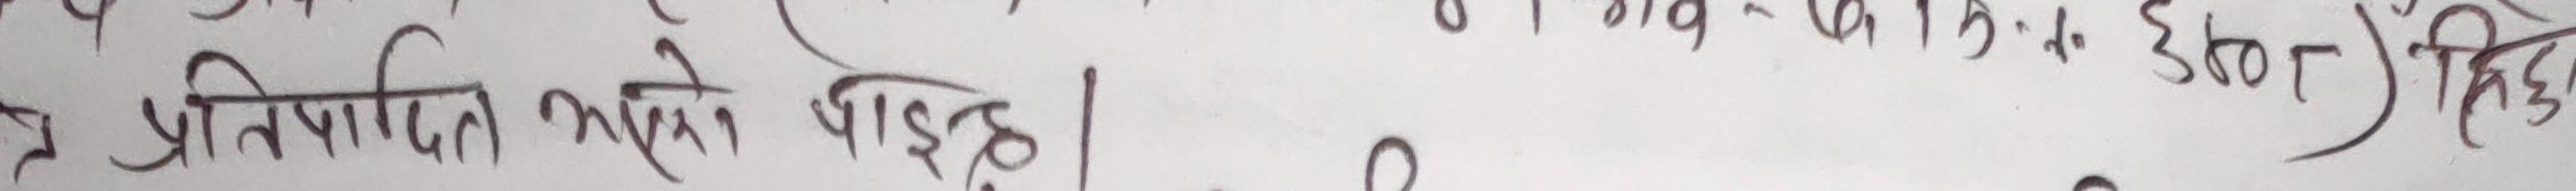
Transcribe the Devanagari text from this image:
प्रतिपादित भएको पाईन्छ।